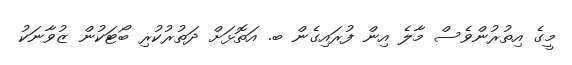
މީގެ އިތުރުންވެސް މާލެ އިން ފުރައިގެން ބ. އަތޮޅަށް ދަތުރުކުރި ބޯޓަކުން ޒުވާނަކު